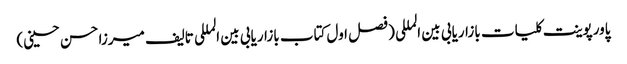
پاورپوینت کلیات بازاریابی بین المللی (فصل اول کتاب بازاریابی بین المللی تالیف میرزا حسن حسینی)